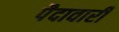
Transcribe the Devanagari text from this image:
पैदावारी